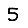
Digit: 5